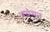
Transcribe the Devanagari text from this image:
हचेसन